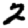
Digit: 2